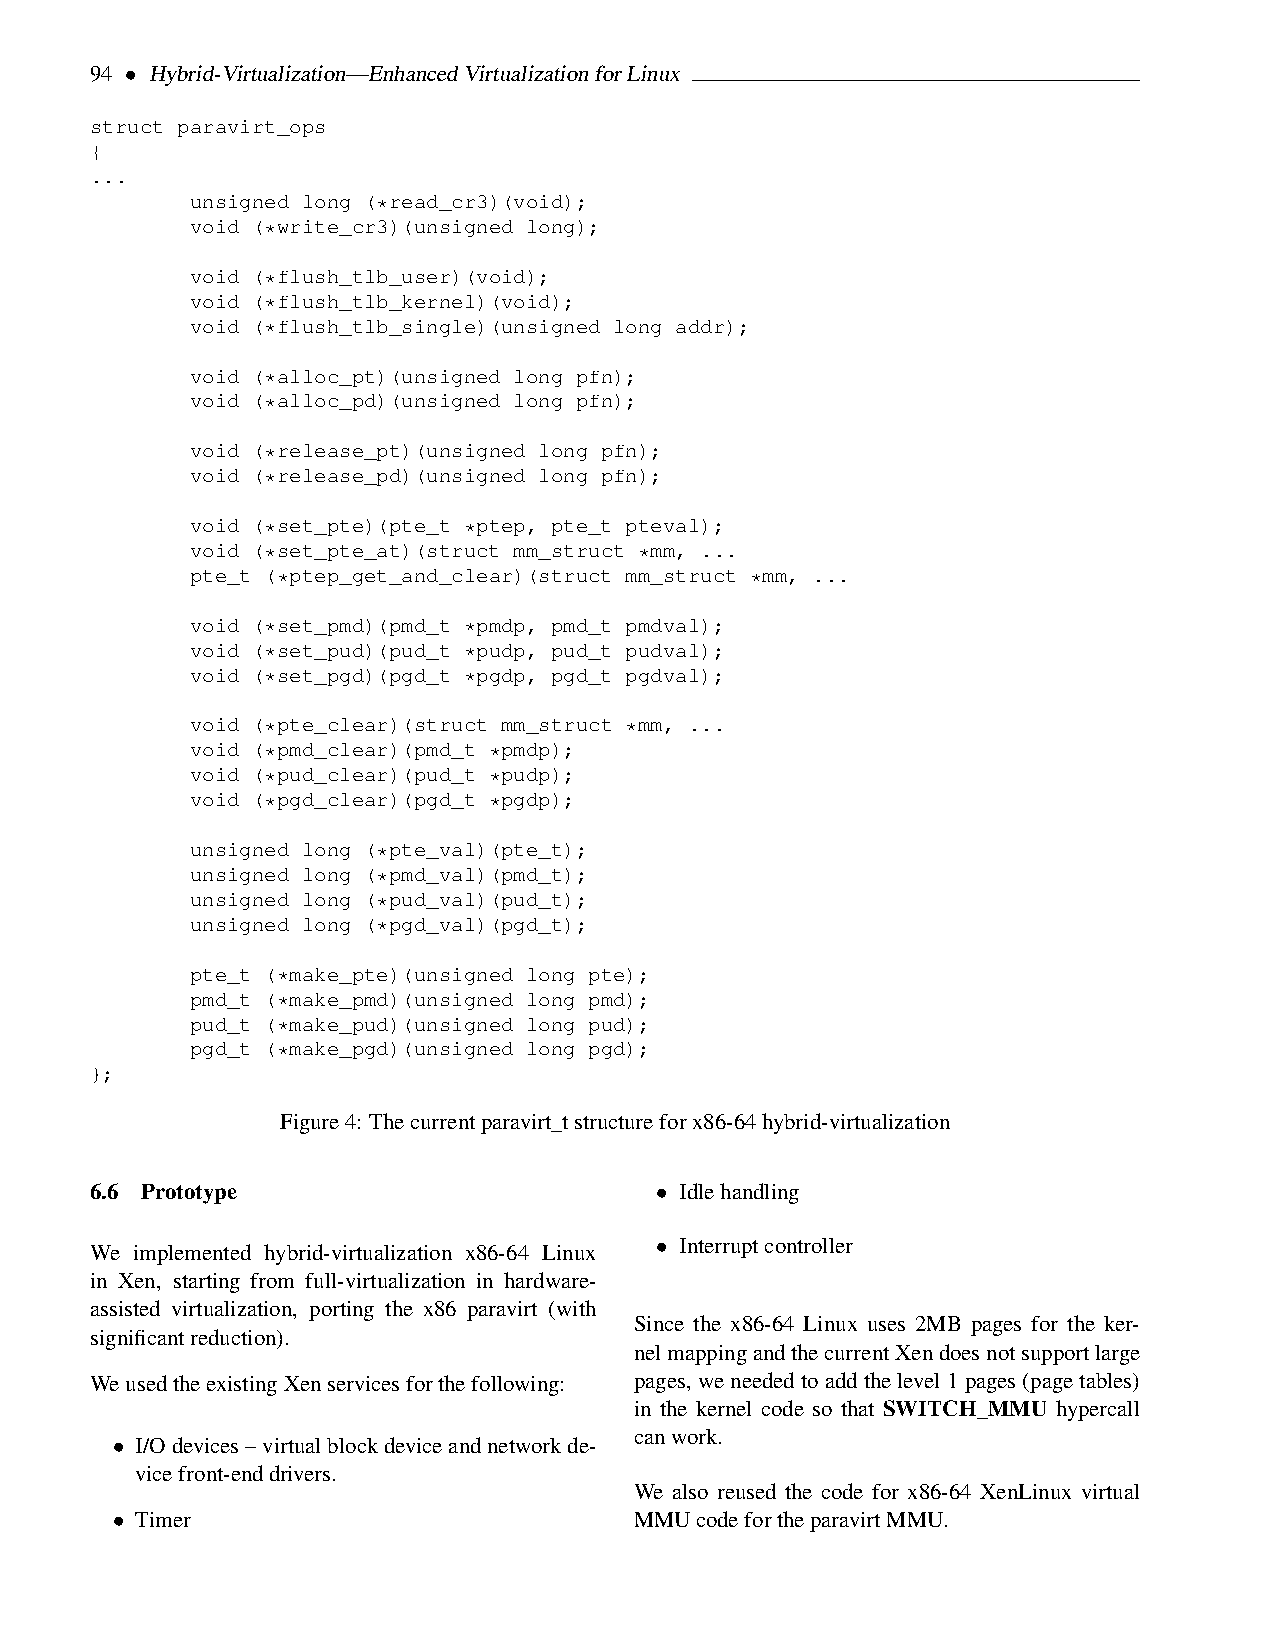
94 • Hybrid-Virtualization—EnhancedVirtualizationforLinux
 struct paravirt_ops
 {
 ...
 unsigned long (*read_cr3)(void);
 void (*write_cr3)(unsigned long);
 void (*flush_tlb_user)(void);
 void (*flush_tlb_kernel)(void);
 void (*flush_tlb_single)(unsigned long addr);
 void (*alloc_pt)(unsigned long pfn);
 void (*alloc_pd)(unsigned long pfn);
 void (*release_pt)(unsigned long pfn);
 void (*release_pd)(unsigned long pfn);
 void (*set_pte)(pte_t *ptep, pte_t pteval);
 void (*set_pte_at)(struct mm_struct *mm, ...
 pte_t (*ptep_get_and_clear)(struct mm_struct *mm, ...
 void (*set_pmd)(pmd_t *pmdp, pmd_t pmdval);
 void (*set_pud)(pud_t *pudp, pud_t pudval);
 void (*set_pgd)(pgd_t *pgdp, pgd_t pgdval);
 void (*pte_clear)(struct mm_struct *mm, ...
 void (*pmd_clear)(pmd_t *pmdp);
 void (*pud_clear)(pud_t *pudp);
 void (*pgd_clear)(pgd_t *pgdp);
 unsigned long (*pte_val)(pte_t);
 unsigned long (*pmd_val)(pmd_t);
 unsigned long (*pud_val)(pud_t);
 unsigned long (*pgd_val)(pgd_t);
 pte_t (*make_pte)(unsigned long pte);
 pmd_t (*make_pmd)(unsigned long pmd);
 pud_t (*make_pud)(unsigned long pud);
 pgd_t (*make_pgd)(unsigned long pgd);
 };
 Figure4: Thecurrentparavirt_tstructureforx86-64hybrid-virtualization
 6.6 Prototype                        • Idlehandling
 • Interruptcontroller
 We implemented hybrid-virtualization x86-64 Linux
 in Xen, starting from full-virtualization in hardware-
 assisted virtualization, porting the x86 paravirt (with
 Since the x86-64 Linux uses 2MB pages for the ker-
 significantreduction).
 nelmappingandthecurrentXendoesnotsupportlarge
 WeusedtheexistingXenservicesforthefollowing: pages, weneededtoaddthelevel1pages(pagetables)
 in the kernel code so that SWITCH_MMU hypercall
 canwork.
 • I/Odevices–virtualblockdeviceandnetworkde-
 vicefront-enddrivers.
 We also reused the code for x86-64 XenLinux virtual
 • Timer                            MMUcodefortheparavirtMMU.